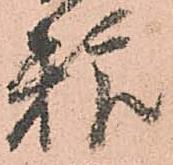
粮